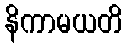
နိကာမယတိ